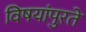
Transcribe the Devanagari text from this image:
विषयांपुरते